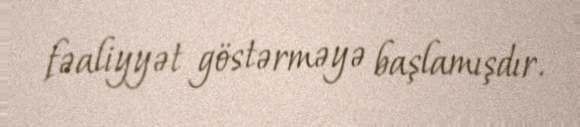
fəaliyyət göstərməyə başlamışdır.